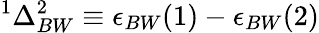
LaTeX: ^{1}\Delta_{BW}^{2}\equiv\epsilon_{BW}(1)-\epsilon_{BW}(2)